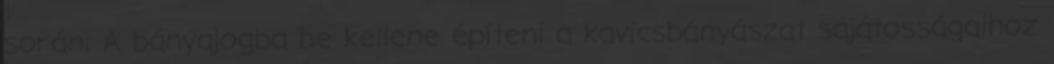
során; A bányajogba be kellene építeni a kavicsbányászat sajátosságaihoz